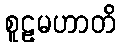
စူဠမဟာတိ